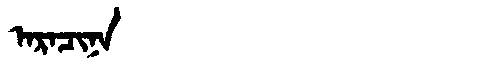
Manchu: ᠠᡵᠠᠴᡳᠨᠠ
Romanization: ARACINA